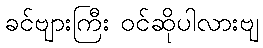
ခင်ဗျားကြီး ဝင်ဆိုပါလားဗျ